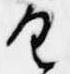
具